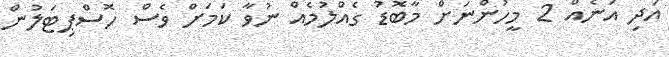
އަދި އަނެއް 2 މީހުންނަށް މާބޮޑު ގެއްލުމެއް ނުވާ ކަމަށް ވެސް ހޮސްޕިޓަލުން